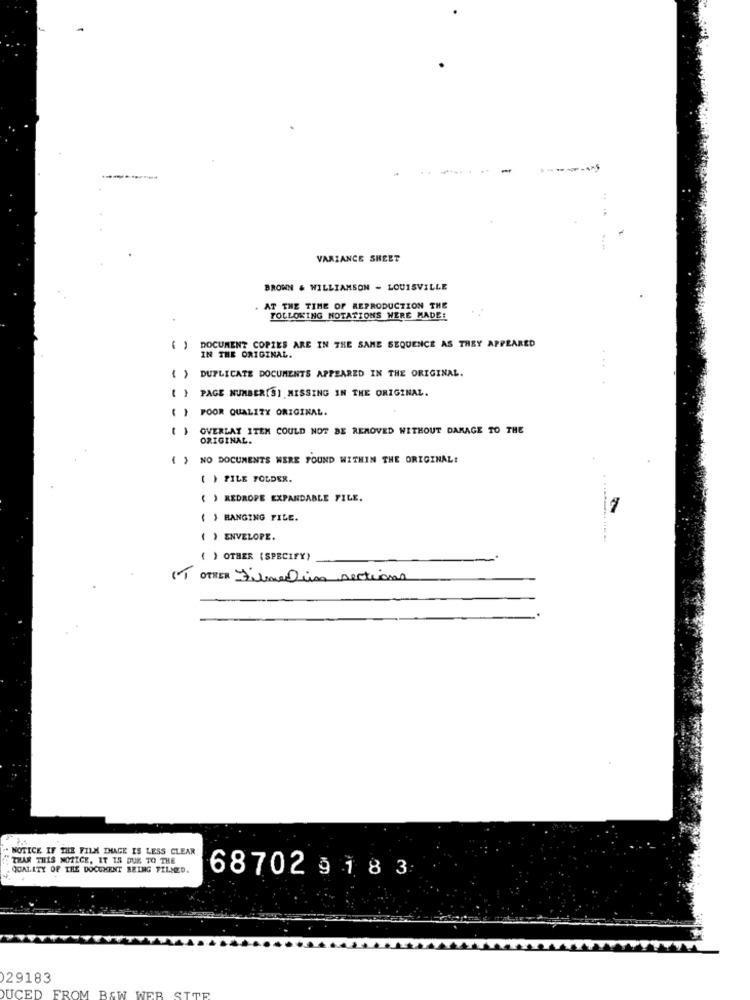
VARIANCE SHEET
BROWN & WILLIAMSON - LOUISVILLE
AT THE TIME OF REPRODUCTION THE
FOLLOWING NOTATIONS WERE MADE:
DOCUMENT COPIES ARE IN THE SAME SEQUENCE AS THEY APPEARED
IN THE ORIGINAL.
DUPLICATE DOCUMENTS APPEARED IN THE ORIGINAL.
PAGE NUMBER[S] MISSING IN THE ORIGINAL.
POOR QUALITY ORIGINAL.
OVERLAY ITEM COULD NOT BE REMOVED WITHOUT DAMAGE TO THE
ORIGINAL.
( ) NO DOCUMENTS WERE FOUND WITHIN THE ORIGINAL!
( ) FILE FOLDER.
( ) REDROPE EXPANDABLE FILE.
( ) HANGING FILE.
( ) ENVELOPE.
( ) OTHER (SPECIFY)
IT
OTHER Filmeden sections
NOTICE IF THE FILM IMAGE IS LESS CLEAR
THAR THIS NOTICE, IT IS DUE TO THE
QUALITY OF THE DOCUMENT BEING FELICED.
68702 9 1 8 3
29183
DUCED FROM B&W WEB SITE